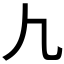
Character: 𰀫